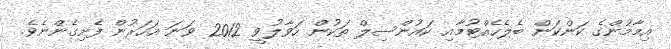
އިމާމުންގެ ކަންކަން ބެލެހެއްޓުމާއި ކައުންސިލް ތަކުން ހަވާލުވީ 2012 ވަނަ އަހަރުން ފެށިގެންނެވެ.